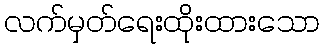
လက်မှတ်ရေးထိုးထားသော